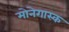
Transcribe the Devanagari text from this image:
मोनेगास्क